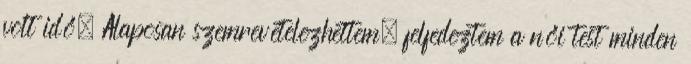
volt idő. Alaposan szemrevételezhettem, felfedeztem a női test minden